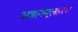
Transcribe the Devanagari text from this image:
अज्ञानमूलहरणं